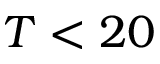
T < 2 0